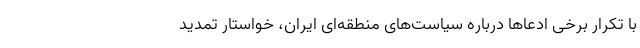
با تکرار برخی ادعاها درباره سیاست‌های منطقه‌ای ایران، خواستار تمدید